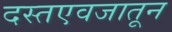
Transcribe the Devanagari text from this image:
दस्तएवजातून